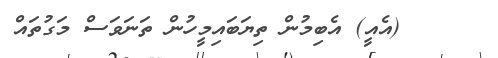
٢٠     (އެއީ) އެބިމުން ތިޔަބައިމީހުން ތަނަވަސް މަގުތައް